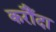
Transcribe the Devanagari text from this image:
करौँदा